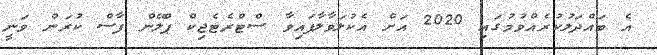
އެ ބައްދަލުކުރެއްވުމުގައި 2020 އަށް އެކުލަވާލާފައިވާ ސްޓްރެޓެޖިކް ޕްލޭން ފާސް ކުރަން ވަނީ